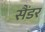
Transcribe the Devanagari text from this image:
सैंडर